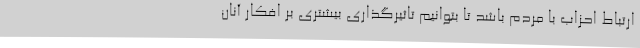
ارتباط احزاب با مردم باشد تا بتوانیم تاثیرگذاری بیشتری بر افکار آنان